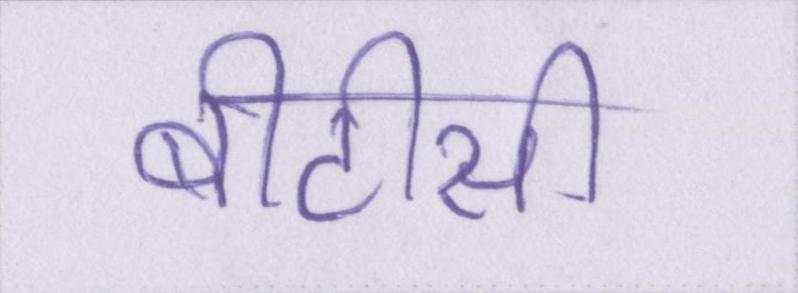
बीटीसी